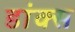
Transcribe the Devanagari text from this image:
डांक्स